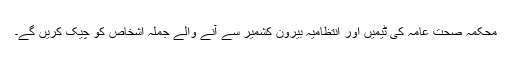
محکمہ صحت عامہ کی ٹیمیں اور انتظامیہ بیرون کشمیر سے آنے والے جملہ اشخاص کو چیک کریں گے۔